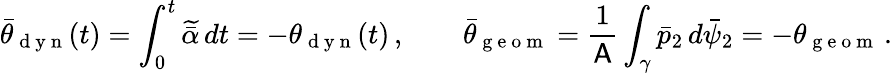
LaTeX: \bar{\theta}_{\mathrm{~d~y~n~}}(t)=\int_{0}^{t}\widetilde{\bar{\alpha}}\, dt=-\theta_{\mathrm{~d~y~n~}}(t)\, ,\qquad\bar{\theta}_{\mathrm{~g~e~o~m~}}=\frac{1}{\mathsf{A}}\int_{\gamma}\bar{p}_{2}\, d\bar{\psi}_{2}=-\theta_{\mathrm{~g~e~o~m~}}\, .